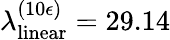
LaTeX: \lambda_{\mathrm{linear}}^{(10\epsilon)}=29.14